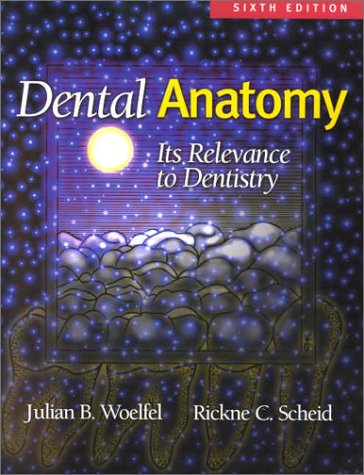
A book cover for Dental Anatomy: Its Relevance to Dentistry; Julian B. Woelfel DDS; Medical Books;